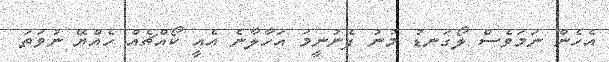
އެހެން ނަމަވެސް ލޯގަނޑު މުނު ފެނުނީމަ އަހާލާނެ އެއީ ކޯއްޗެއް ހެއްޔޭ ނުވަތަ